Leaving Certificate Examination, 1903
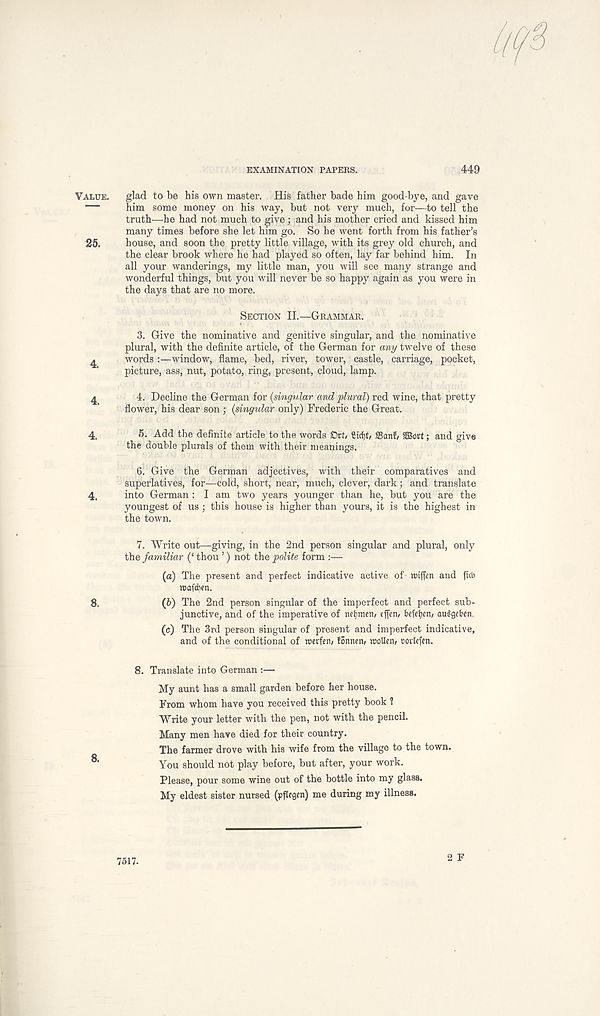
EXAMINATION PAPERS.
449
Value. glad to be his own master. His father bade him good-bye, and gave
— him some money on his way, but not very much, for—to tell the
truth—he had not much to give; and his mother cried and kissed him
many times before she let him go. So he went forth from his father’s
25. house, and soon the pretty little village, with its grey old church, and
the clear brook where he had played so often, lay far behind him. In
all your wanderings, my little man, you will see many strange and
wonderful things, but you will never be so happy again as you were in
the days that are no more.
Section II.—Grammar.
3. Give the nominative and genitive singular, and the nominative
plural, with the definite article, of the German for any twelve of these
4 words :—window, flame, bed, river, tower, castle, carriage, pocket,
picture, ass, nut, potato, ring, present, cloud, lamp.
^
4. Decline the German for {singular and plural) red wine, that pretty
flower, his dear son ; {singular only) Frederic the Great.
4.
5. Add the definite article to the words £>tt, Sid)*, San?, SBort; and give
the double plurals of them with their meanings.
6. Give the German adjectives, with their comparatives and
superlatives, for—cold, short, near, much, clever, dark; and translate
4, into German : I am two years younger than he, but you are the
youngest of us; this house is higher than yours, it is the highest in
the town.
7. Write out—giving, in the 2nd person singular and plural, only
the familiar (‘ thou ’) not the polite form :—
(a) The present and perfect indicative active of- ttnjTen and ftcb
roafctien.
8.
(6) The 2nd person singular of the imperfect and perfect sub-
junctive, and of the imperative of nebmen, effen, bcfeijcn, auSgeben..
(c) The 3rd person singular of present and imperfect indicative,
and of the conditional of roerfen, fonnen, rcollen, cork fen.
8. Translate into German :—
My aunt has a small garden before her house.
From whom have you received this pretty book 1
Write your letter with the pen, not with the pencil.
Many men have died for their country.
The farmer drove with his wife from the village to the town.
You should not play before, but after, your work.
Please, pour some wine out of the bottle into my glass.
My eldest sister nursed (pfkgen) me during my illness.
2 F
7517.